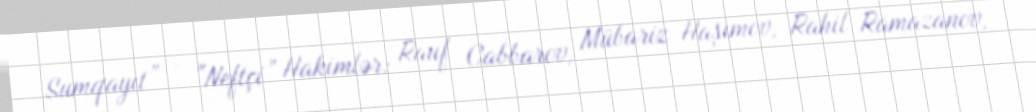
Sumqayıt” – "Neftçi” Hakimlər: Rauf Cabbarov, Mübariz Haşımov, Rahil Ramazanov,